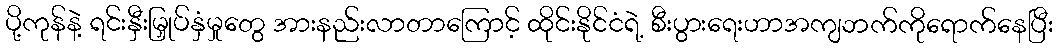
ပို့ကုန်နဲ့ ရင်းနှီးမြှုပ်နှံမှုတွေ အားနည်းလာတာကြောင့် ထိုင်းနိုင်ငံရဲ့ စီးပွားရေးဟာအကျဘက်ကိုရောက်နေပြီး